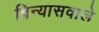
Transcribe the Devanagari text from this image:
विन्यासवाले